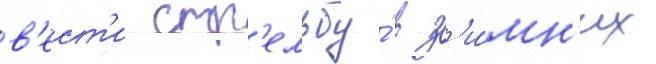
в'ест'и стр'ельбу́ в з'и́мн'их